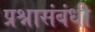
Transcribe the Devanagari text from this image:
प्रश्नासंबंधी